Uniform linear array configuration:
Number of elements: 64
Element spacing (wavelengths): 0.75
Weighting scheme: binomial
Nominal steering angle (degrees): -30
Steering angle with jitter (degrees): -31.686
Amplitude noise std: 0.05
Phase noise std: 0.05

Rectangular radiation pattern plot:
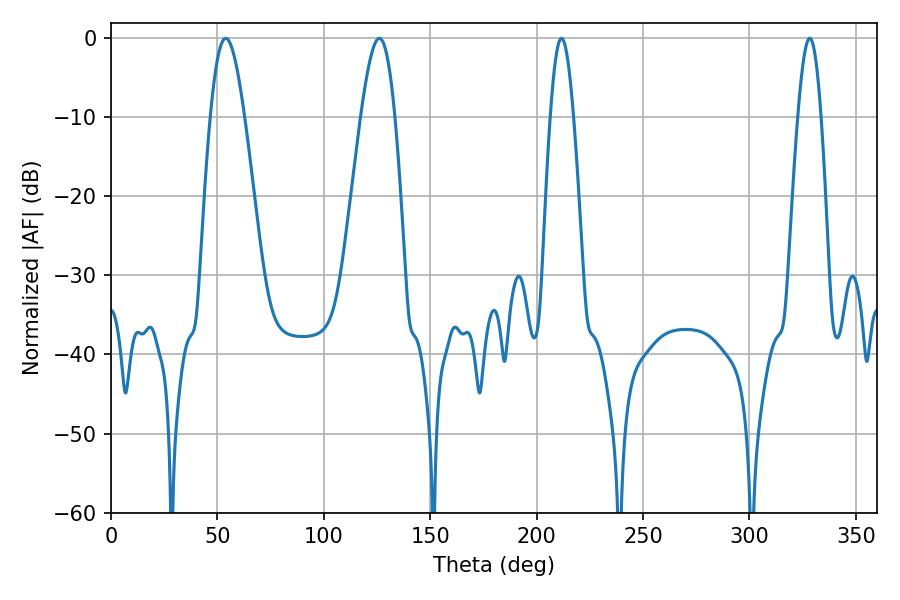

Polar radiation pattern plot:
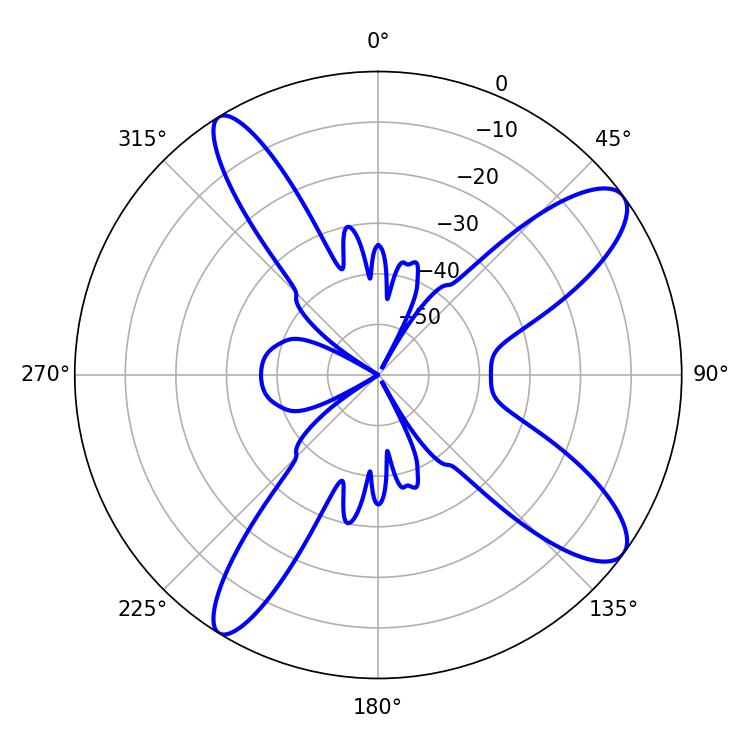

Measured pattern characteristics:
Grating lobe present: TRUE
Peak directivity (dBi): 11.295
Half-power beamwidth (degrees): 5.94
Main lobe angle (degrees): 211.68